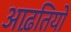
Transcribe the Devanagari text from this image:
आढ़तियों